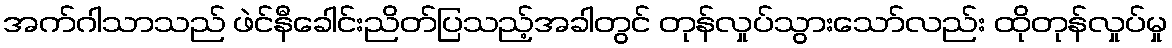
အက်ဂါသာသည် ဖဲင်နီခေါင်းညိတ်ပြသည့်အခါတွင် တုန်လှုပ်သွားသော်လည်း ထိုတုန်လှုပ်မှု